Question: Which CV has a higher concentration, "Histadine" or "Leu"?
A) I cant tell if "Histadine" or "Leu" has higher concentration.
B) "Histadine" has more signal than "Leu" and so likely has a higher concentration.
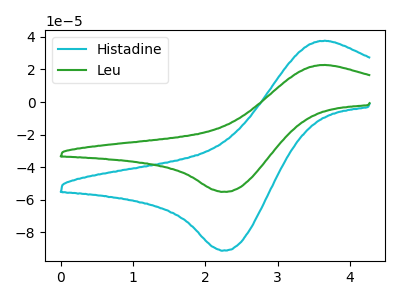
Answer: <think>The cyan curve "Histadine" has an anodic peak at (3.65V, 37.65uA) and a cathodic peak at (2.25V, -91.25uA). The green curve "Leu" has an anodic peak at (3.65V, 22.75uA) and a cathodic peak at (2.25V, -55.20uA).
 All the peaks in "Histadine" have a peak in "Leu" at the same potential. Every peak in "Histadine" is higher than every peak in "Leu".</think>
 <answer>B) "Histadine" has more signal than "Leu" and so likely has a higher concentration.</answer>
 <eval>B</eval>